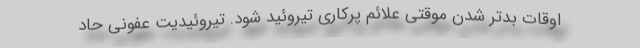
اوقات بدتر شدن موقتی علائم پرکاری تیروئید شود. تیروئیدیت عفونی حاد